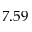
7 . 5 9